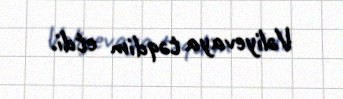
Vəliyevaya təqdim etdi.